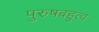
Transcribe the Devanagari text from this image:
पुरुषबहुत्व